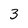
Character: 3